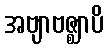
အဗျာဗဇ္ဈာပိ